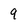
Character: 9